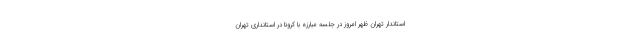
استاندار تهران ظهر امروز در جلسه مبارزه با کرونا در استانداری تهران